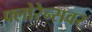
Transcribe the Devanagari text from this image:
फ्लोरेन्सवर